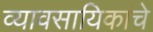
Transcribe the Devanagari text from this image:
व्यावसायिकांचे